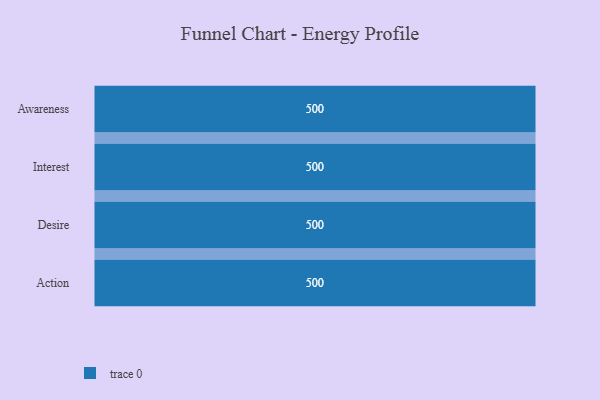
{"axis": {"x": "Stage", "y": "Value"}, "legend": [""], "data": [{"x": "Awareness", "y": 500, "type": ""}, {"x": "Interest", "y": 500, "type": ""}, {"x": "Desire", "y": 500, "type": ""}, {"x": "Action", "y": 500, "type": ""}]}